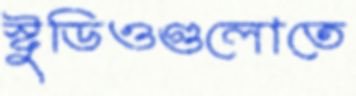
স্টুডিওগুলোতে